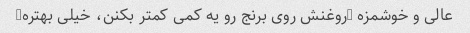
عالی و خوشمزه (روغنش روی برنج رو یه کمی کمتر بکنن، خیلی بهتره)